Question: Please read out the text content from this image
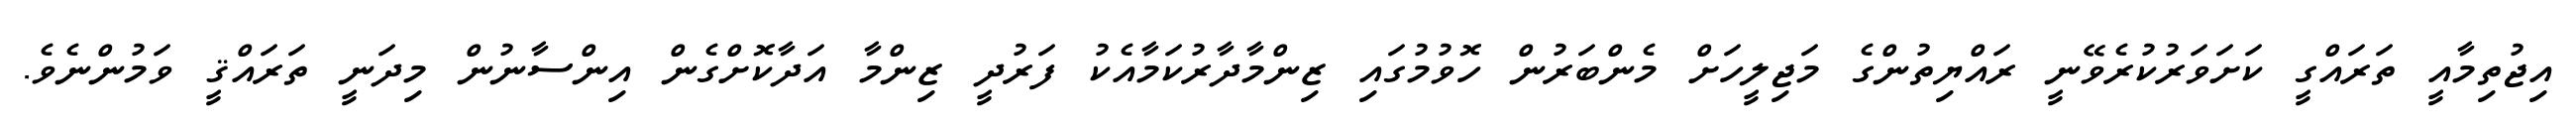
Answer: އިޖުތިމާއީ ތަރައްގީ ކަށަވަރުކުރެވޭނީ ރައްޔިތުންގެ މަޖިލީހަށް މެންބަރުން ހޮވުމުގައި ޒިންމާދާރުކަމާއެކު ފަރުދީ ޒިންމާ އަދާކޮށްގެން އިންސާނުން މިދަނީ ތަރައްޤީ ވަމުންނެވެ.